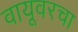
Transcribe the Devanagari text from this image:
वायूवरचा